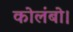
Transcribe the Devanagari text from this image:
कोलंबो।